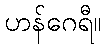
ဟန်ဂေရီ။